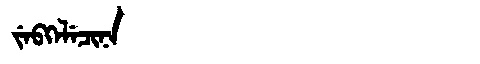
Manchu: ᠵᡝᠪᡴᡝᠯᡝᠴᡳᠨᠠ
Romanization: JEBKELECINA